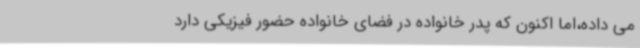
می داده،اما اکنون که پدر خانواده در فضای خانواده حضور فیزیکی دارد